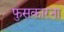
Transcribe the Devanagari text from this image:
फुसकारना